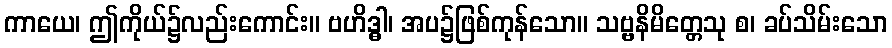
ကာယေ၊ ဤကိုယ်၌လည်းကောင်း။ ဗဟိဒ္ဓါ၊ အပ၌ဖြစ်ကုန်သော။ သဗ္ဗနိမိတ္တေသု စ၊ ခပ်သိမ်းသော